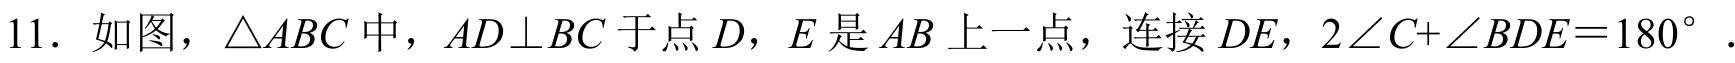
11. 如图，$\triangle ABC$中，$AD\perp BC$于点$D$，$E$是$AB$上一点，连接$DE$，$2\angle C+\angle BDE = 180^{\circ}$.